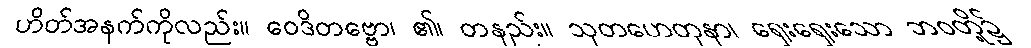
ဟိတ်အနက်ကိုလည်း။ ဝေဒိတဗ္ဗော၊ ၏၊ တနည်း။ သုတဟေတုနာ၊ ရှေးရှေးသော ဘဝတို့၌